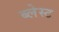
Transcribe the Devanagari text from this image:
ब्लेस्ट